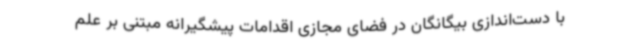
با دست‌اندازی بیگانگان در فضای مجازی اقدامات پیشگیرانه مبتنی بر علم